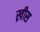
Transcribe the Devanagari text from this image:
ख्रीस